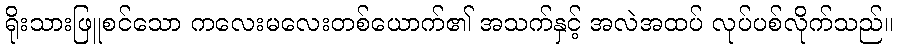
ရိုးသားဖြူစင်သော ကလေးမလေးတစ်ယောက်၏ အသက်နှင့် အလဲအထပ် လုပ်ပစ်လိုက်သည်။